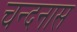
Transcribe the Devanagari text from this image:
चन्दनास